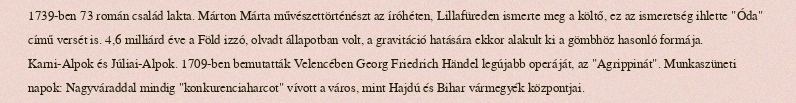
1739-ben 73 román család lakta. Márton Márta művészettörténészt az íróhéten, Lillafüreden ismerte meg a költő, ez az ismeretség ihlette "Óda" című versét is. 4,6 milliárd éve a Föld izzó, olvadt állapotban volt, a gravitáció hatására ekkor alakult ki a gömbhöz hasonló formája. Karni-Alpok és Júliai-Alpok. 1709-ben bemutatták Velencében Georg Friedrich Händel legújabb operáját, az "Agrippinát". Munkaszüneti napok: Nagyváraddal mindig "konkurenciaharcot" vívott a város, mint Hajdú és Bihar vármegyék központjai.